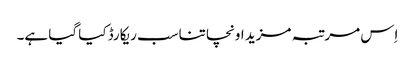
اِس مرتبہ مزید اونچا تناسب ریکارڈ کیا گیا ہے۔